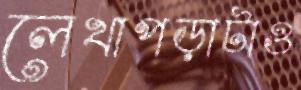
লেখাপড়াটাও